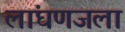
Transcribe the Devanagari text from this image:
लांघणजला